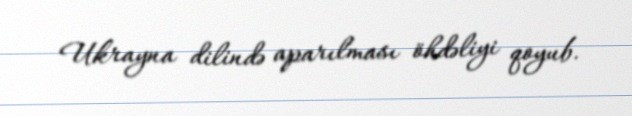
Ukrayna dilində aparılması öhdəliyi qoyub.